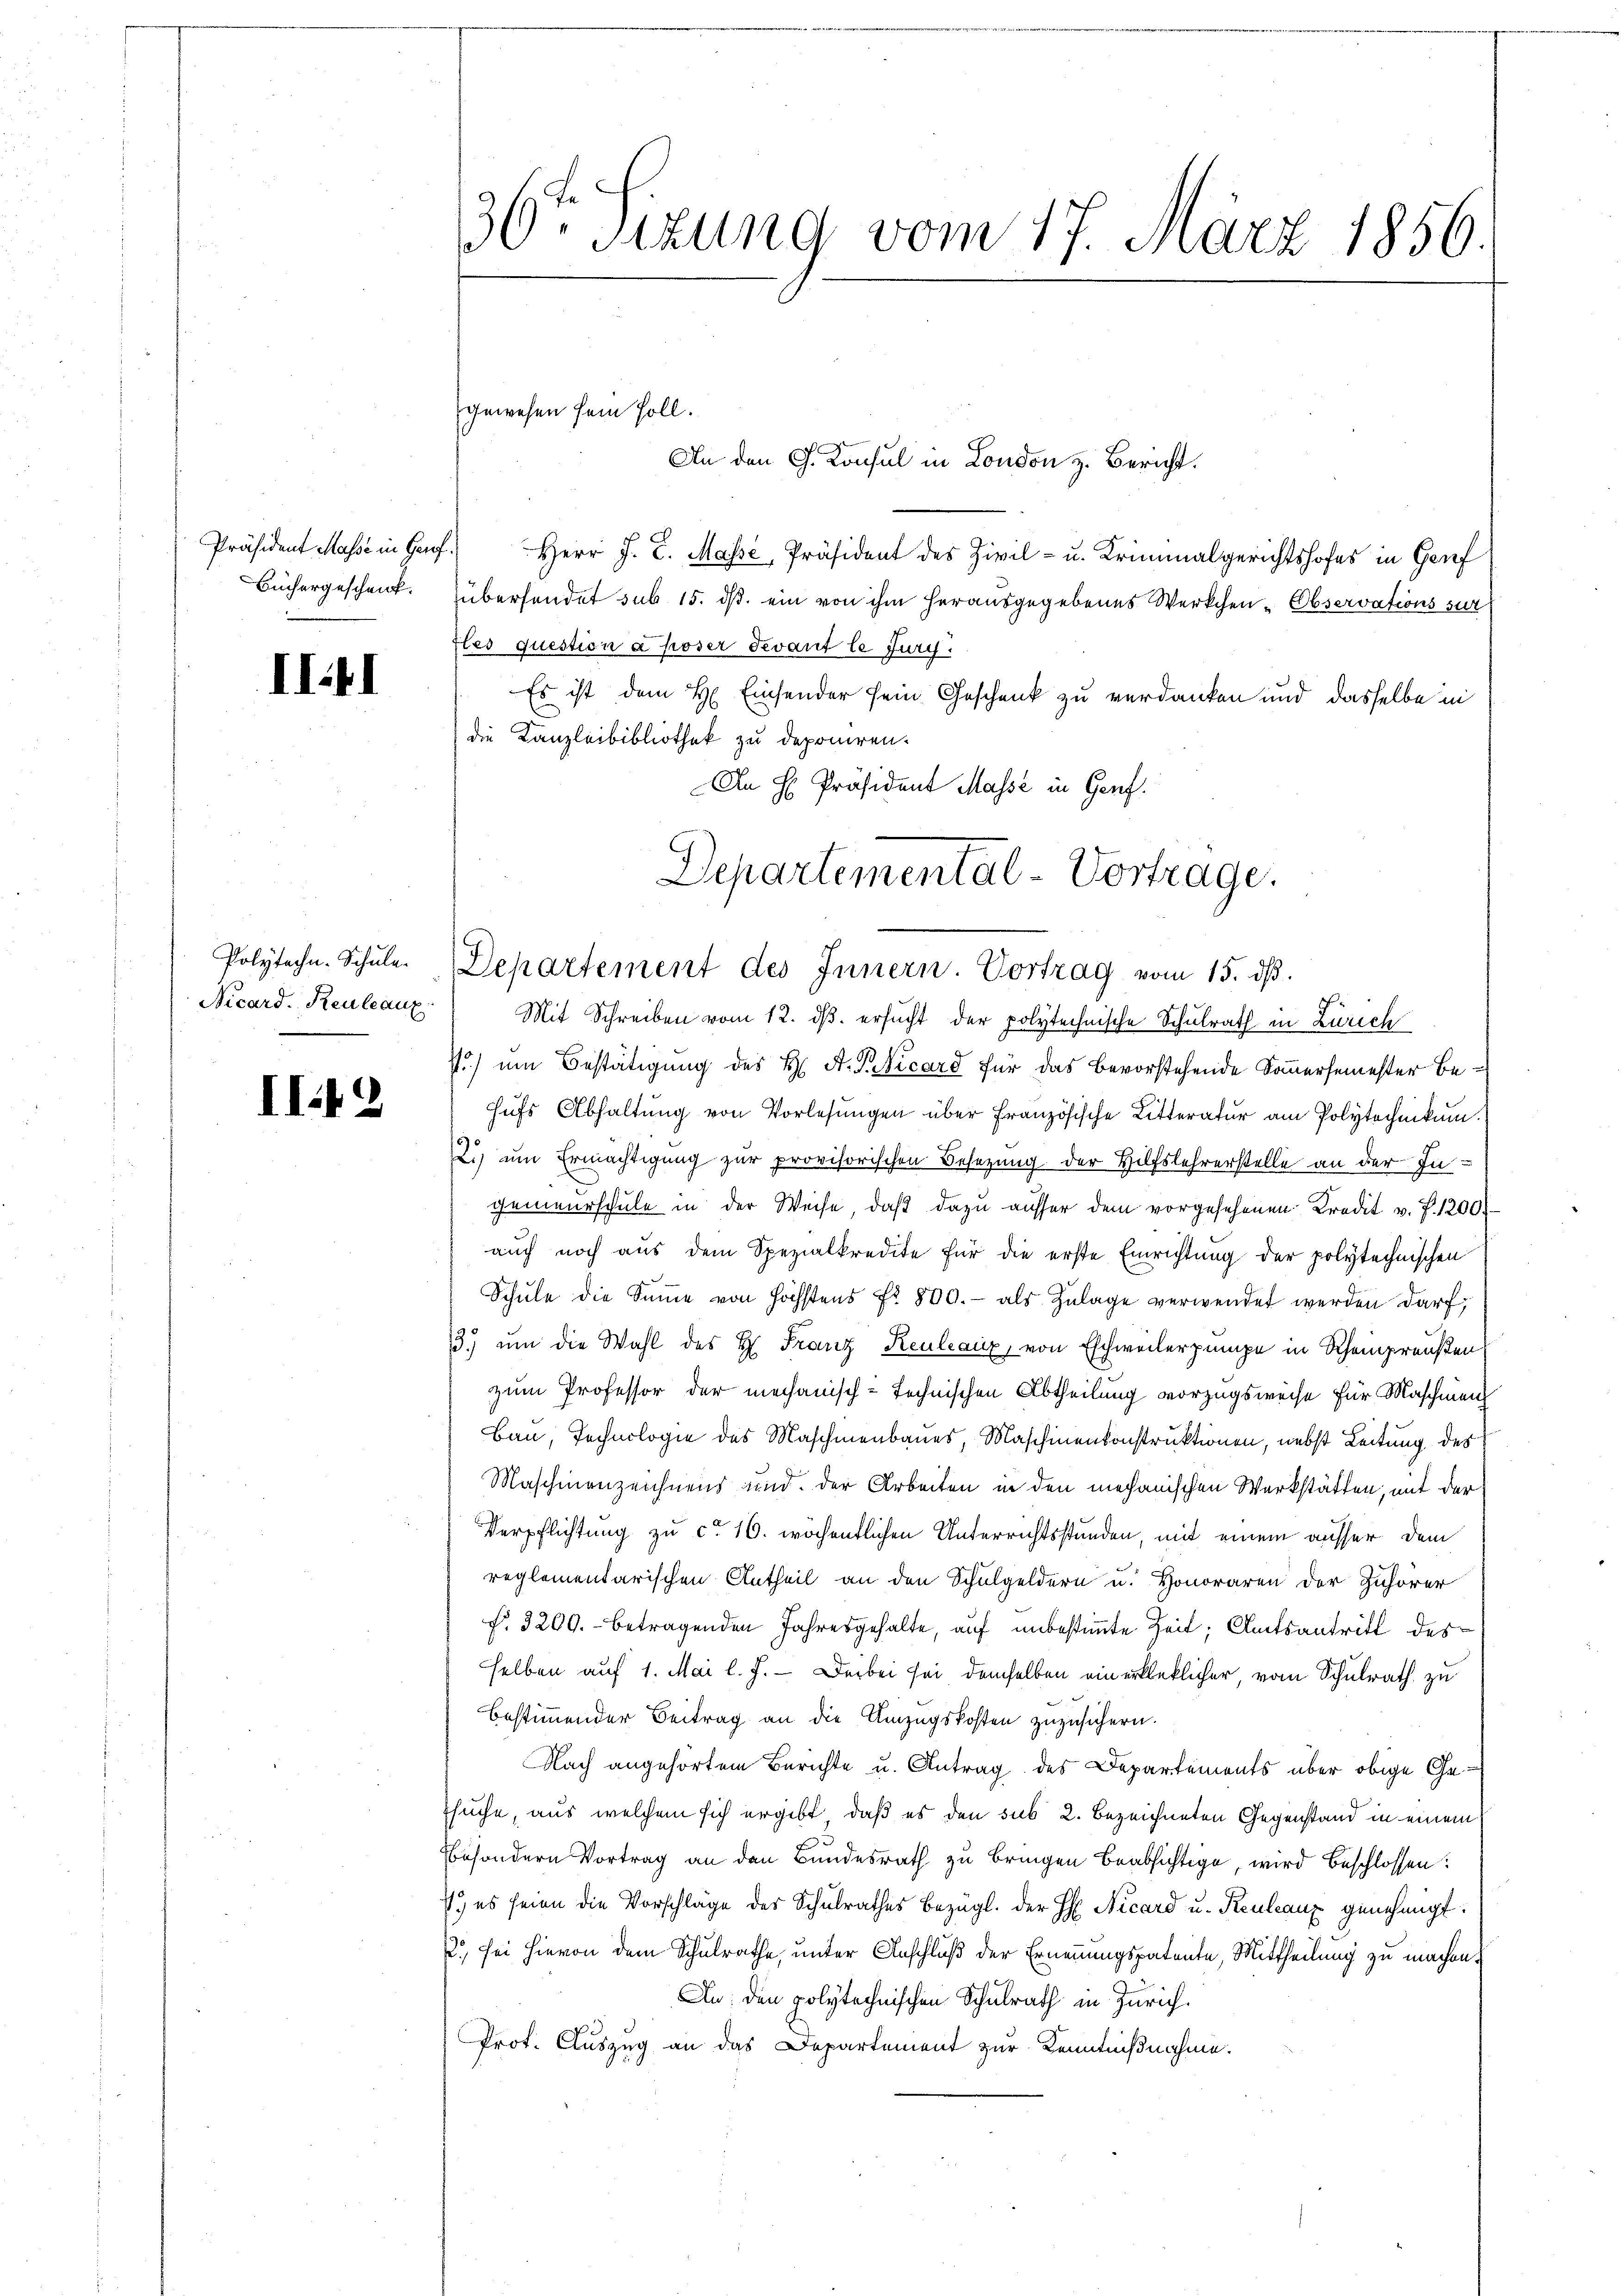
Büchergeschenk.

III

Polytechn. Schule.
Nicard. Reuleaux.

II.19

36ten Sizung vom 17. März 1856.

gewesen sein soll.
An den G. Konsul in London z. Bericht.

Präsident Masse in Genf) Herr J. C. Masse, Präsident des Zivil- u. Kriminalgerichtshofes in Genf
übersendet sub 15. ds. ein von ihm herausgegebenes Werkchen Observations sur
ftes question a poser devant le Jury
Es ist dem H. Einsender sein Geschenk zu verdanken und dasselbe in
die Kanzleibibliothek zu deponiren.
An H. Präsident Masse in Genf.

Departemental-Vortrage.
Departement des Innern. Vortrag vom 15. dβ.
Mit Schreiben vom 12. ds. ersucht der polytechnische Schulrath in Zürich

P) um Bestätigung des H. A. P. Nicard für das bevorstehende Sommersemester behufs Abhaltung von Vorlesungen über französische Litteratur am Polytechnikum.
L) um Ermächtigung zur provisorischen Besetzung der Hilfslehrerstelle an der Ingenieurschŭle in der Weise, daβ dazŭ aŭsser dem vorgesehenen Kredit v. P. 1200.
auch noch aus dem Spezialkredite für die erste Einrichtung der polytechnischen
Schŭle die Sŭṁe von höchstens fr. 800.- als Zŭlage verwendet werden darf,
3.) um die Wahl des H. Franz Keuleaux, von Eschweilerpumpe in Scheinpreußen
zum Professor der mechanisch-technischen Abtheilung vorzugsweise für Maschinen
Bau, Technologie des Maschinenbaues, Maschinenkonstruktionen, nebst Leitung des
Maschinenzeichnend und der Arbeiten in den mechanischen Werkstätten, mit der
Verpflichtung zu ca 16. wöchentlichen Unterrichtsstunden, mit einem ausser dem
reglementarischen Antheil an den Schulgeldern u. Honoraren der Zuhörer
f. 3200. betragenden Jahresgehalte, auf unbestimmte Zeit, Amtsantritt des
selben auf 1. Mai l. J. – Deibei sei demselben ein erkleklicher, vom Schulrath zu
bestimmender Beitrag an die Umzugskosten zuzusichern.
Nach angehörtem Berichte u. Antrag des Departements über obige Ge¬
Esuche, aus welchem sich ergibt, daß es den sub 2. bezeichneten Gegenstand in einem
besondern Vortrag an den Bundesrath zu bringen beabsichtige, wird beschlossen:
1.) es seien die Vorschläge des Schulrathes bezügl. der H. Nicard u. Reulanz genehmigt.
., sei hievon dem Schulrathe, unter Anschluß der Ernennungspatente, Mittheilung zu machen.
An den polytechnischen Schulrath in Zürich.
Prot. Auszug an das Departement zur Kenntnißnahme.